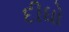
દીધો